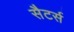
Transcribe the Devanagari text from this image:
सैटर्स